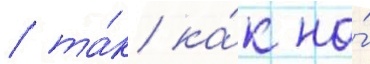
/ та́к ка́к на́